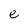
Character: e